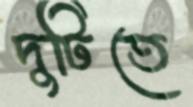
দুটিতে